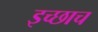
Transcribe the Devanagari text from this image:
इच्छाच